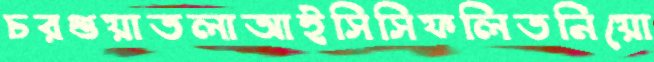
চরগুয়াতলাআইসিসিফলিতনিয়ো